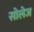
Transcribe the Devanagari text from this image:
सोलेज